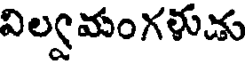
విల్వమంగళుడు